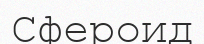
Сфероид